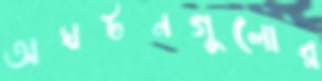
অঘটনগুলোর